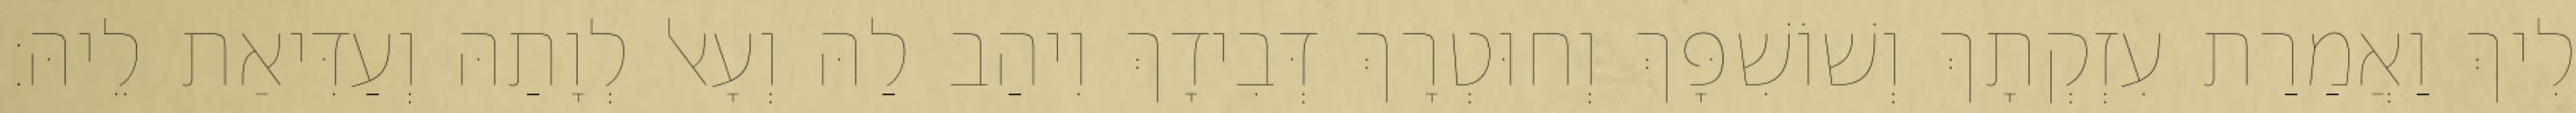
לִיךְ וַאֲמַרַת עִזְקְתָךְ וְשׁוֹשִׁפָּךְ וְחוּטְרָךְ דְּבִידָךְ וִיהַב לַהּ וְעָאל לְוָתַהּ וְעַדִּיאַת לֵיהּ׃